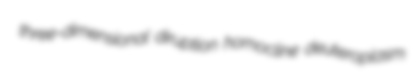
three-dimensional diruption homocline deuteroplasm